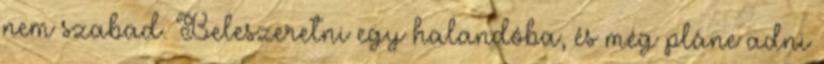
nem szabad. Beleszeretni egy halandóba, és még pláne adni